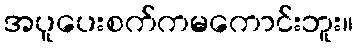
အပူပေးစက်ကမကောင်းဘူး။